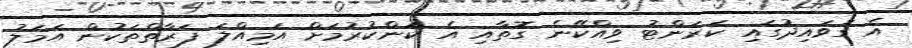
އެ ގަވައިދުގައި ކަރަންޓު ވިއްކޭނެ ގޮތާއި އެ ކަންކުރުމަށް އަމިއްލަ ފަރާތްތަކުން އަމަލު